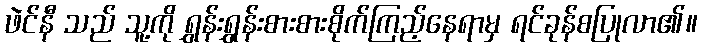
ဖဲင်နီ သည် သူ့ကို ရွှန်းရွှန်းစားစားစိုက်ကြည့်နေရာမှ ရင်ခုန်စပြုလာ၏။